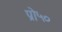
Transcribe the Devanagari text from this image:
प्रो५०